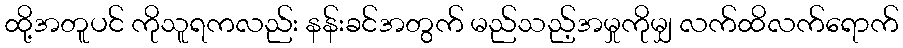
ထို့အတူပင် ကိုသူရကလည်း နန်းခင်အတွက် မည်သည့်အမှုကိုမျှ လက်ထိလက်ရောက်